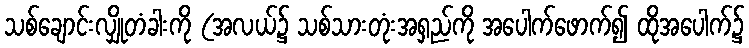
သစ်ချောင်းလျှိုတံခါးကို (အလယ်၌ သစ်သားတုံးအရှည်ကို အပေါက်ဖောက်၍ ထိုအပေါက်၌